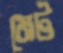
মেট